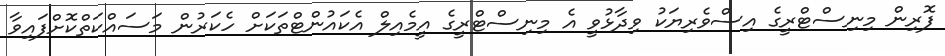
ފޮރިން މިނިސްޓްރީގެ އިސްވެރިޔަކު ވިދާޅުވީ އެ މިނިސްޓްރީގެ އީމެއިލް އެކައުންޓްތަކަށް ހެކަރުން މަސައްކަތްކޮށްފައިވާ